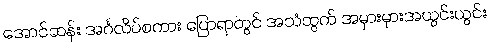
အောင်ဆန်း အင်္ဂလိပ်စကား ပြောရာတွင် အသံထွက် အမှားမှားအယွင်းယွင်း